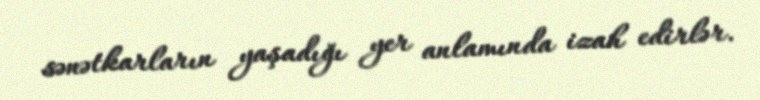
sənətkarların yaşadığı yer anlamında izah edirlər.